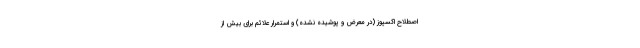
اصطلاح اکسپوز (در معرض و پوشیده نشده) و استمرار علائم برای بیش از